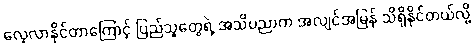
လေ့လာနိုင်တာကြောင့် ပြည်သူတွေရဲ့ အသိပညာက အလျင်အမြန် သိရှိနိုင်တယ်လို့